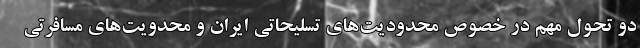
دو تحول مهم در خصوص محدودیت‌های تسلیحاتی ایران و محدویت‌های مسافرتی